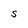
Character: S